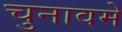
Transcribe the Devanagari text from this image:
चुनावमे